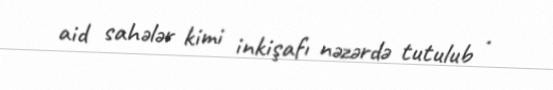
aid sahələr kimi inkişafı nəzərdə tutulub .